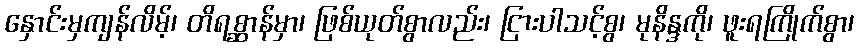
နှောင်းမှကျန်လိမ့်၊ တိရစ္ဆာန်မှာ၊ ဖြစ်ယုတ်စွာလည်း၊ ငြားပါသင့်စွ၊ မုနိန္ဒကို၊ ဖူးရကြိုက်စွာ၊